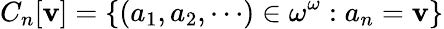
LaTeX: C_{n}[\mathbf{v}]=\{ (a_{1},a_{2},\cdots)\in\omega^{\omega}:a_{n}=\mathbf{v}\}